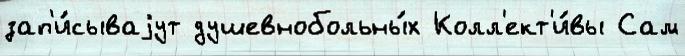
зап'и́сываjут душевнобольны́х Колл'ект'и́вы Сам